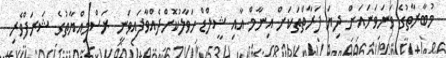
މުބާރާތުގެ ވަނަވަނައަށް ދިޔަ ފަރާތްތަކަށް އިނާމް އާއި ޝީލްޑް ހަވާލުކޮށްދެއްވާފައިވަނީ ރަސްމިއްޔާތުގެ ޝަރަފްވެރި